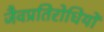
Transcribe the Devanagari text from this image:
जैवप्रतिरोधियों